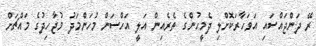
ރޭ ދަންޖައްސައި އަވަހާރަކޮށްލި ދެމީހުންގެ ތެރެއިން އަލީ އަހްސަން މުހަންމަދު މުޖާހިދުގެ މައްޗަށް